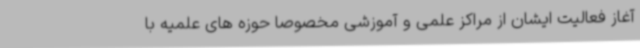
آغاز فعالیت ایشان از مراکز علمی و آموزشی مخصوصا حوزه های علمیه با